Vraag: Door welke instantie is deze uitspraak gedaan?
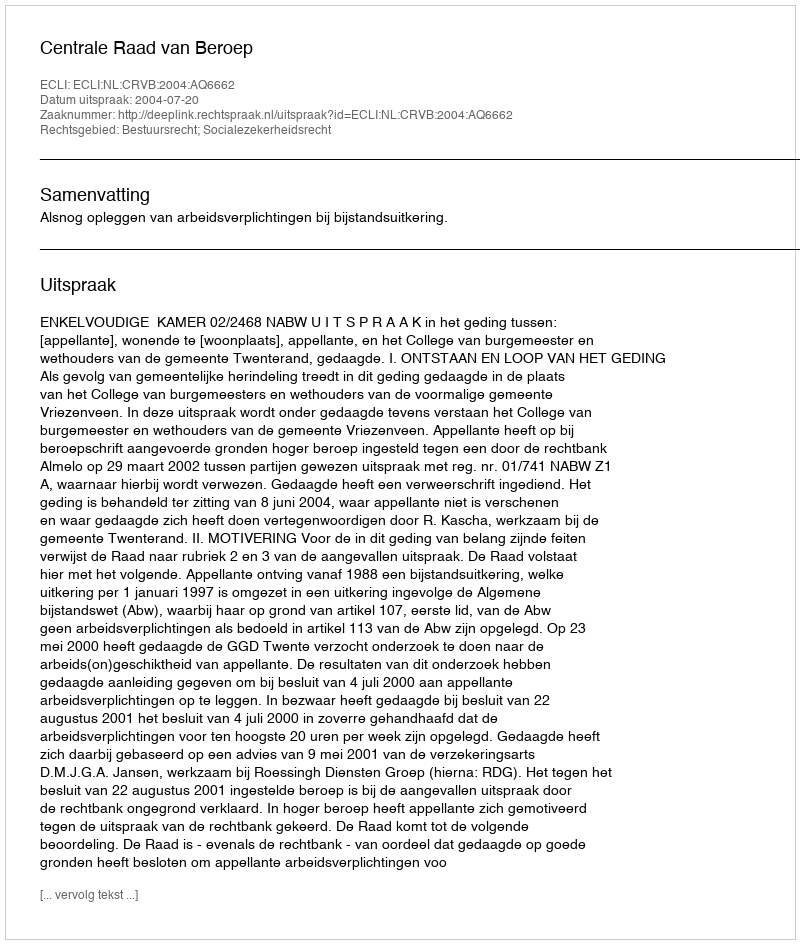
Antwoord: Centrale Raad van Beroep